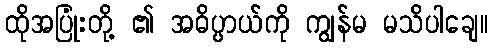
ထိုအပြုံးတို့ ၏ အဓိပ္ပာယ်ကို ကျွန်မ မသိပါချေ။